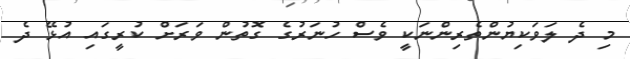
މި ދެ ލަވަކިޔުންތެރިންނަކީ ވެސް ހުނަރުގެ ގޮތުން ވަރަށް ކުރީގައި އުޅޭ ދެ